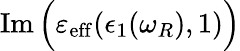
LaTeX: \operatorname{Im}\Big(\varepsilon_{\mathrm{eff}}(\epsilon_{1}(\omega_{R}),1)\Big)